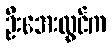
ဦးအေးလွင်က